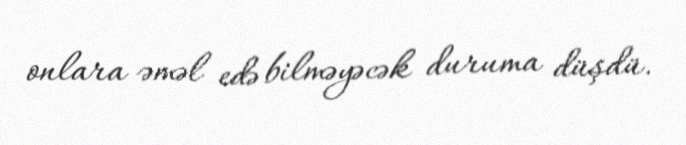
onlara əməl edə bilməyəcək duruma düşdü.